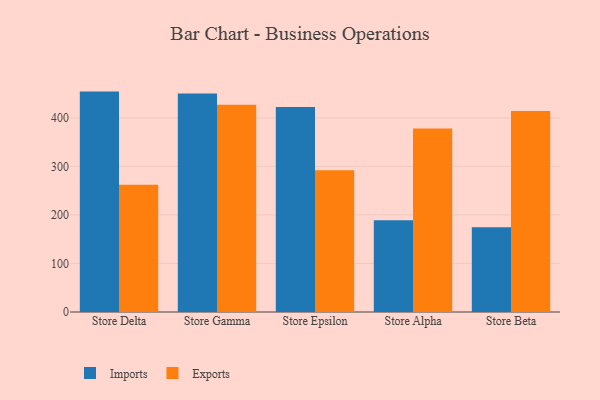
{"axis": {"x": "Store", "y": "Customer Acquisition Cost (USD)"}, "legend": ["Exports", "Imports"], "data": [{"x": "Store Delta", "y": 454.2, "type": "Imports"}, {"x": "Store Delta", "y": 262.1, "type": "Exports"}, {"x": "Store Gamma", "y": 450.4, "type": "Imports"}, {"x": "Store Gamma", "y": 427.2, "type": "Exports"}, {"x": "Store Epsilon", "y": 422.4, "type": "Imports"}, {"x": "Store Epsilon", "y": 292.3, "type": "Exports"}, {"x": "Store Alpha", "y": 189.2, "type": "Imports"}, {"x": "Store Alpha", "y": 378.1, "type": "Exports"}, {"x": "Store Beta", "y": 174.5, "type": "Imports"}, {"x": "Store Beta", "y": 414.4, "type": "Exports"}]}